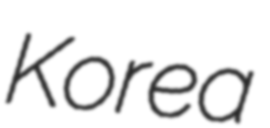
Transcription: Korea